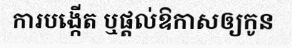
ការបង្កើត ឬផ្តល់ឱកាសឲ្យកូន